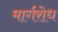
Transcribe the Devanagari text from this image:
मार्गरोध